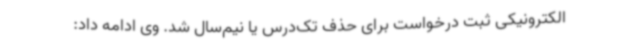
الکترونیکی ثبت درخواست برای حذف تک‌درس یا نیم‌سال شد. وی ادامه داد: